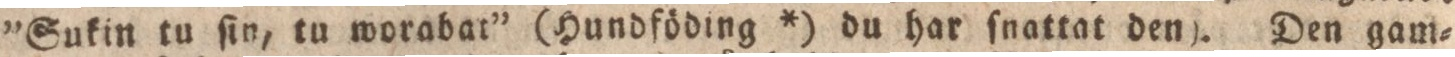
”Sukin tu ſin, tu worabat” (Hundföding *) du har ſnattat den). Den gam=